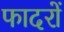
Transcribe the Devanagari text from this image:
फादरों